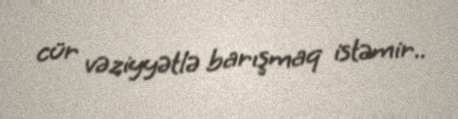
cür vəziyyətlə barışmaq istəmir..